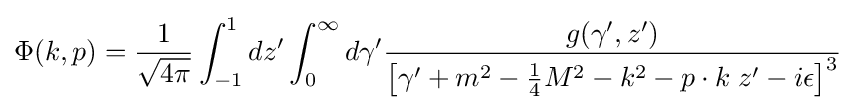
\Phi (k,p)={\frac {1}{\sqrt {4\pi }}}\int _{-1}^{1}dz'\int _{0}^{\infty }d\gamma '{\frac {g(\gamma ',z')}{\left[\gamma '+m^{2}-{\frac {1}{4}}M^{2}-k^{2}-p\cdot k\;z'-i\epsilon \right]^{3}}}